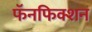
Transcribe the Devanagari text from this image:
फॅनफिक्शन